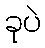
ခုပဲ